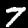
Digit: 7